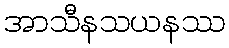
အာသီနသယနဿ